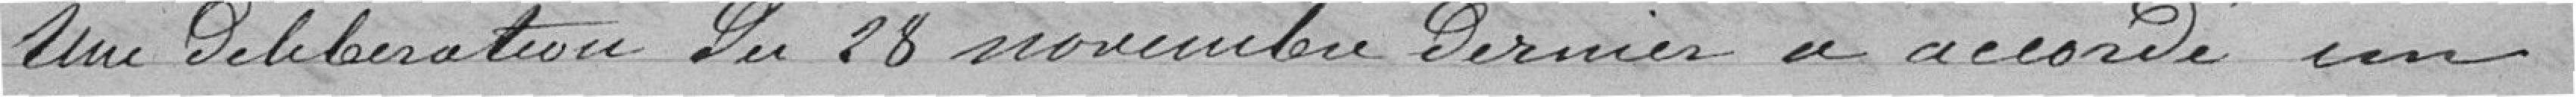
Une délibération du 28 novembre dernier a accordé un